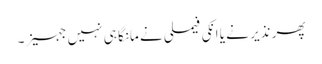
پھر نذیر نے یا انکی فیملی نے مانگا ہی نہیں جہیز۔